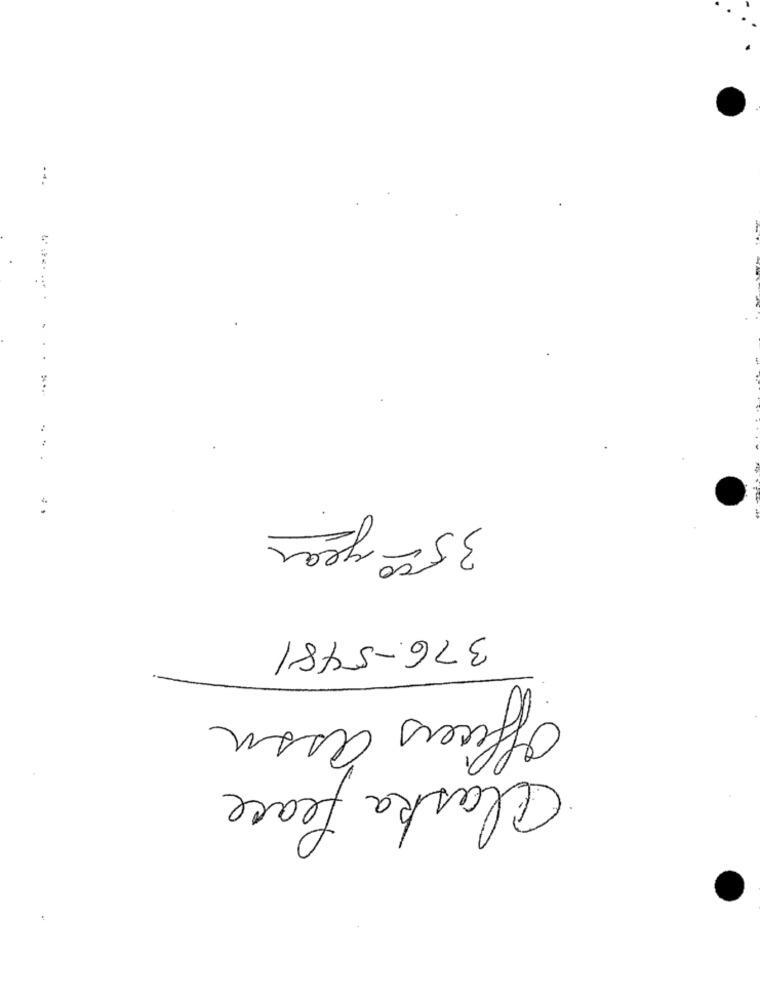
-..
..
3500 year
376-5481
Officers assu
Claska Peace